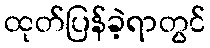
ထုတ်ပြန်ခဲ့ရာတွင်